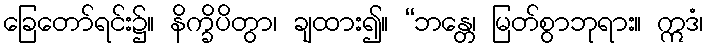
ခြေတော်ရင်း၌။ နိက္ခိပိတွာ၊ ချထား၍။ “ဘန္တေ၊ မြတ်စွာဘုရား။ ဣဒံ၊